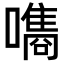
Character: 𡂗